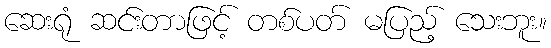
ဆေးရုံ ဆင်းတာဖြင့် တစ်ပတ် မပြည့် သေးဘူး။